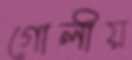
গোলীয়